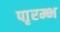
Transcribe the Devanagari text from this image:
पाृरम्भ